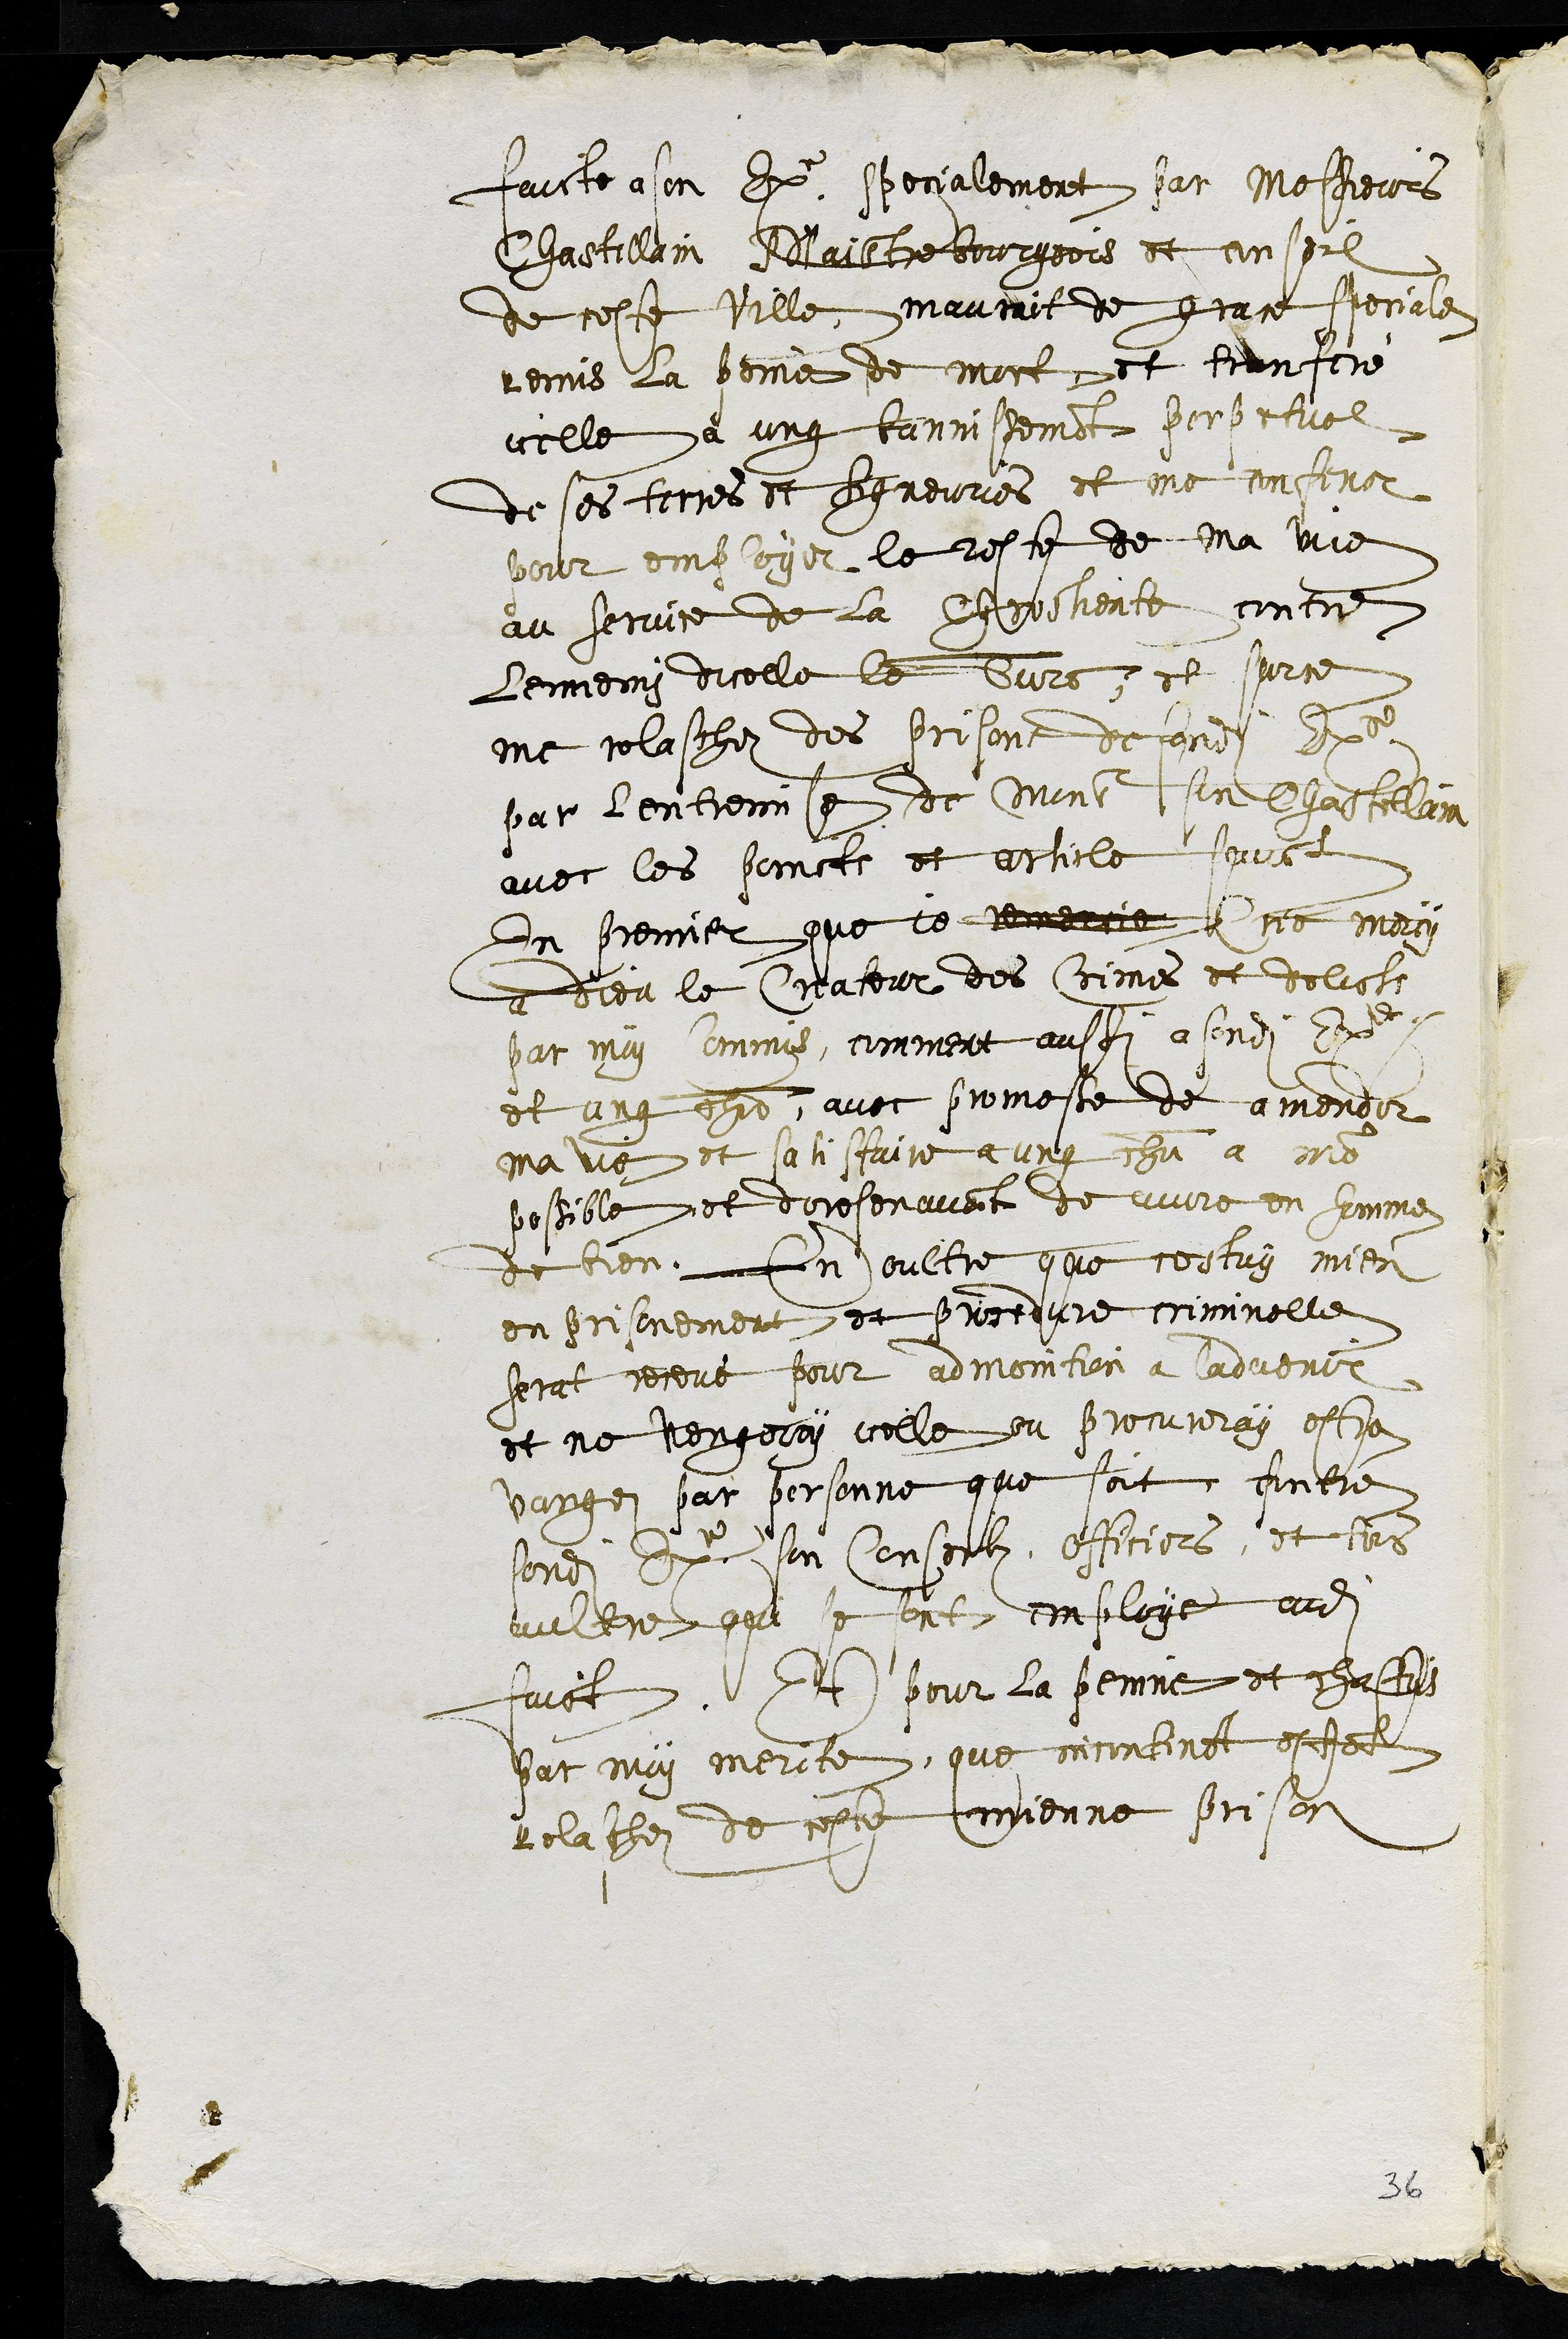
faicte a son Excellence specialement par Messieurs
Chastellain Maistre bourgeois et conseil
de ceste ville, maurait de grace speciale
remis la peine de mort, et transferé
icelle à ung bannissement perpetuel
de ses terres et seigneuries et me confiner
pour employer le reste de ma vie
au service de la Chrestiente contre
lennemy dicelle le Turc, et sur ce
me relaschez des prisons desondit Excellence
par l'entremise de Mons. son Chastellain
avec les poincts et article suivant
En premier que je remercie crie mercy
a dieu le Createur des crimes et delicts
par moy commis, comment aussi a sondit Excellence
et ung chacun, avec promesse de amender
ma vie et satisfaire a ung chacun a mon
possible et dorosenavant de vivre en homme
de bien. En oultre que cestuy mien
en prisonement et procedure criminelle
serat receut pour admonition a ladvenir
et ne vengeray icelle ou procureray estre
vangez par personne que soit contre
sondit Excellence son Conseilz, officiers, et tous
aultre qui se sont employe audit
faict. Et pour la peinne et chastois
par moy merite, que incontinant estant
relachez de ceste mienne prison
36